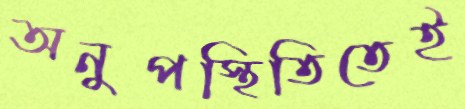
অনুপস্থিতিতেই